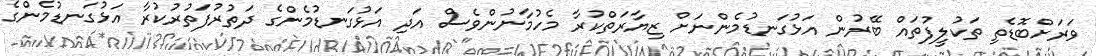
ވަރަށްބޮޑެތި ތަކުލީފުތައް ބޭރުން އަޅުގަނޑުމެންނަށް ޒިޔާރަތްކުރާ މެހުމާނުންވެސް އަދި އަޅުގަނޑުމެންގެ ދަތުރުފަތުރުކުރާ އަޅުގަނޑުމެންގެ